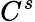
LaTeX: C^{s}